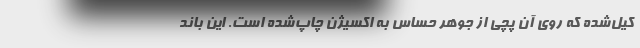
کیل‌شده که روی آن پچی از جوهر حساس به اکسیژن چاپ‌شده است. این باند